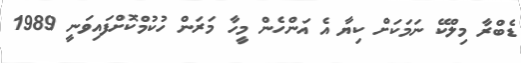
ޑެބްރާ މިލްކޭ ނަމަކަށް ކިޔާ އެ އަންހެން މީހާ މަރަން ހުކުމްކޮށްފައިވަނީ 1989